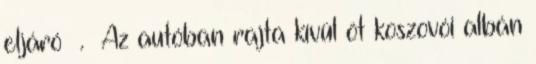
eljáró . Az autóban rajta kívül öt koszovói albán